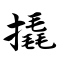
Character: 撬